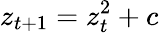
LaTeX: z_{t+1}=z_{t}^{2}+c